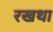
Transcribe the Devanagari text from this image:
रखथा